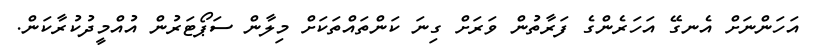
އަހަންނަށް އެނގޭ އަހަރެންގެ ފަރާތުން ވަރަށް ގިނަ ކަންތައްތަކަށް މިލާން ސަޕޯޓަރުން އުއްމީދުކުރާކަން.